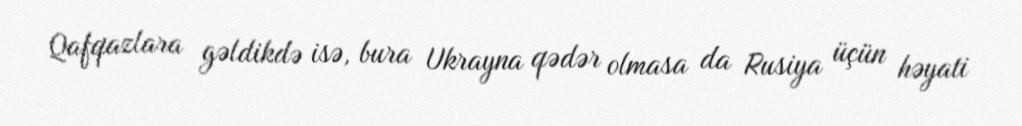
Qafqazlara gəldikdə isə, bura Ukrayna qədər olmasa da Rusiya üçün həyati